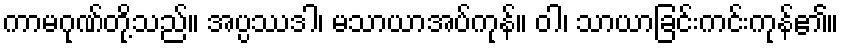
ကာမဂုဏ်တို့သည်။ အပ္ပဿဒါ၊ မသာယာအပ်ကုန်။ ဝါ၊ သာယာခြင်းကင်းကုန်၏။